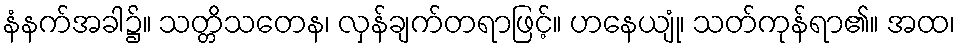
နံနက်အခါ၌။ သတ္တိသတေန၊ လှန်ချက်တရာဖြင့်။ ဟနေယျုံ၊ သတ်ကုန်ရာ၏။ အထ၊